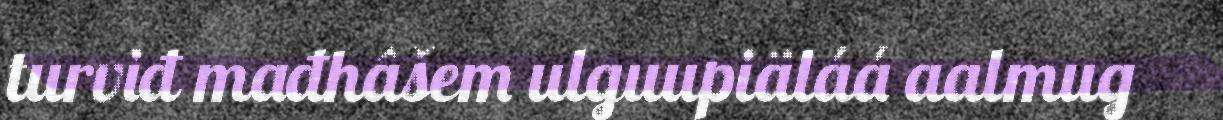
turviđ mađhâšem ulguupiäláá aalmug